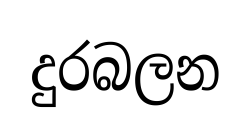
දුරබලන